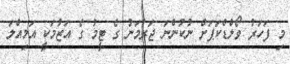
މި ފަހަރު ވޯލްޑްކަޕަށް ނުކުންނަ ޖަރުމަނު ގެ ޓީމު ގެ އަޒުމަކީ އަމިއްލަ